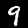
Digit: 9